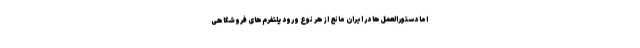
اما دستورالعمل‌ها در ایران مانع از هر نوع ورود پلتفرم‌های فروشگاهی